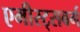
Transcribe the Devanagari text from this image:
एमीस्ट्सबर्ग